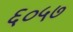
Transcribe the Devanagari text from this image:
६०५७